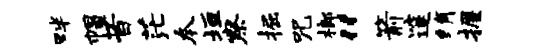
畔帽昔茫本垣察掘咒榔“箭邃绡握